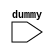
//------------------------------------------------------------------------------
// Copyright (c) 2018 by Ando Ki.
// 3-clause BSD license.
//------------------------------------------------------------------------------
module mod_mem
     #(parameter SIZE=(640*480*3)*4)
(
       input   wire  dummy
);
    //--------------------------------------------------------------------------
    reg [7:0] store[0:SIZE-1];
    //--------------------------------------------------------------------------
    function [7:0] write;
         input [31:0] addr;
         input [ 7:0] data;
    begin
         store[addr] = data;
         write=data;
    end
    endfunction
    //--------------------------------------------------------------------------
    function [7:0] read;
         input  [31:0] addr;
    begin
         read=store[addr];
    end
    endfunction
    //--------------------------------------------------------------------------
endmodule
//------------------------------------------------------------------------------
// Revision history:
//
// 2018.04.08: Started by Ando Ki (adki@future-ds.com, andoki@gmail.com)
//------------------------------------------------------------------------------